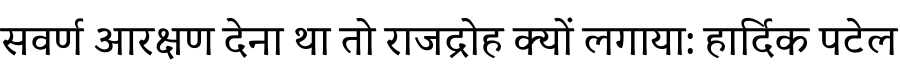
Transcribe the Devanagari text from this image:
सवर्ण आरक्षण देना था तो राजद्रोह क्यों लगाया: हार्दिक पटेल